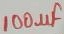
Text: 100µF